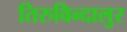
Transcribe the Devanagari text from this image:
तिरुविन्दालुर